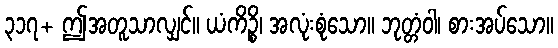
၃၁၇+ ဤအတူသာလျှင်။ ယံကိဉ္စိ၊ အလုံးစုံသော။ ဘုတ္တံဝါ၊ စားအပ်သော။